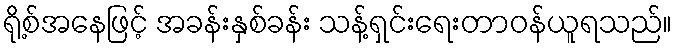
ရို့စ်အနေဖြင့် အခန်းနှစ်ခန်း သန့်ရှင်းရေးတာဝန်ယူရသည်။